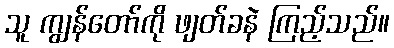
သူ ကျွန်တော်ကို ဖျတ်ခနဲ ကြည့်သည်။